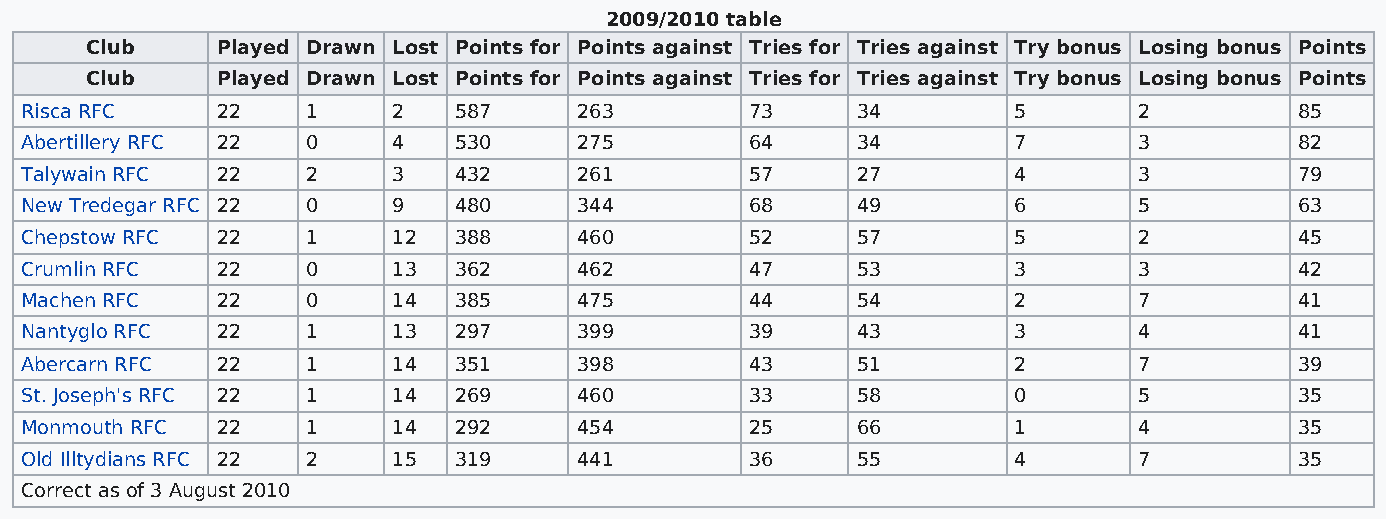
2009/2010 table
 Club    Played Drawn Lost Points for Points against Tries for Tries against Try bonus Losing bonus Points
 Club    Played Drawn Lost Points for Points against Tries for Tries against Try bonus Losing bonus Points
 Risca RFC    22    1     2   587     263         73     34        5       2          85
 Abertillery RFC 22 0     4   530     275         64     34        7       3          82
 Talywain RFC 22    2     3   432     261         57     27        4       3          79
 New Tredegar RFC 22 0    9   480     344         68     49        6       5          63
 Chepstow RFC 22    1     12  388     460         52     57        5       2          45
 Crumlin RFC  22    0     13  362     462         47     53        3       3          42
 Machen RFC   22    0     14  385     475         44     54        2       7          41
 Nantyglo RFC 22    1     13  297     399         39     43        3       4          41
 Abercarn RFC 22    1     14  351     398         43     51        2       7          39
 St. Joseph's RFC 22 1    14  269     460         33     58        0       5          35
 Monmouth RFC 22    1     14  292     454         25     66        1       4          35
 Old Illtydians RFC 22 2  15  319     441         36     55        4       7          35
 Correct as of 3 August 2010